King Institute of Preventive Medicine Bacteriolog. Section reports 1907-08
Year: 1907
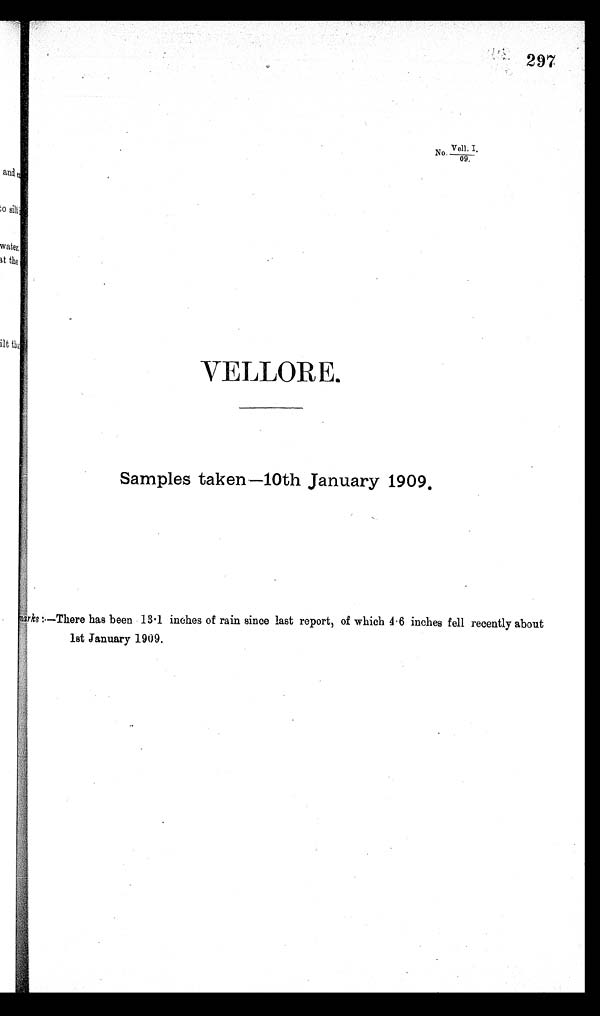
297
No.Vell. I.
/
09.
VELLORE.
Samples taken—l0th January 1909.
Remarks:—There has been 13.1 inches of rain since last report, of which 4 .6 inches fell recently about
1st January 1909.